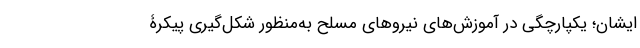
ایشان؛ یکپارچگی در آموزش‌های نیروهای مسلح به‌منظور شکل­گیری پیکرۀ